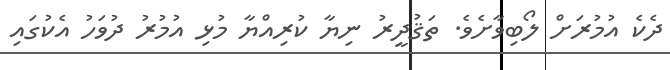
ދެކެ އުމުރަށް ލޯބިވާށެވެ. ތަޤުދީރު ނިޔާ ކުރިއްޔާ މުޅި އުމުރު ދުވަހު އެކުގައި